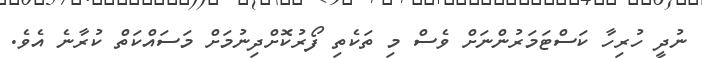
ނުދީ ހުރިހާ ކަސްޓަމަރުންނަށް ވެސް މި ތަކެތި ފޯރުކޮށްދިނުމަށް މަސައްކަތް ކުރާނެ އެވެ.